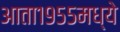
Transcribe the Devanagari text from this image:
आता१९५५मध्ये